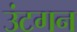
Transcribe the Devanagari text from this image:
उंटगन